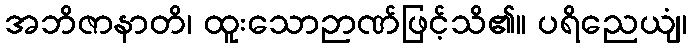
အဘိဇာနာတိ၊ ထူးသောဉာဏ်ဖြင့်သိ၏။ ပရိညေယျံ၊